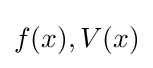
f(x),V(x)